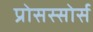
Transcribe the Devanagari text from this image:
प्रोसस्सोर्स